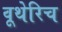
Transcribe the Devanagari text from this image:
वूथेरिच